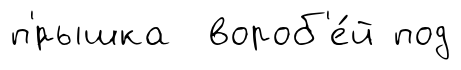
п'́рышка вороб'е́й под